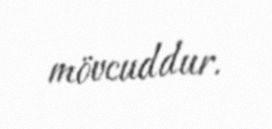
mövcuddur.